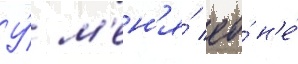
У́ м'ен'я́ ео́ н'е́